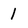
Character: 1